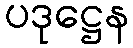
ပဒုဋ္ဌေန